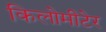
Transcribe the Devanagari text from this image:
किलोमीटेर